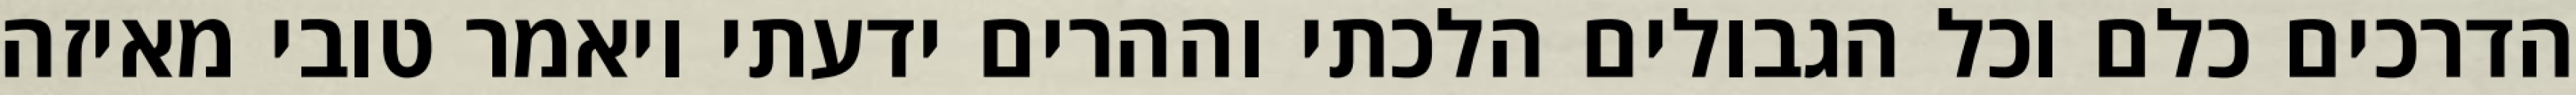
הדרכים כלם וכל הגבולים הלכתי וההרים ידעתי ויאמר טובי מאיזה